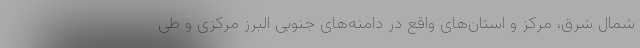
شمال شرق، مرکز و استان‌های واقع در دامنه‌های جنوبی البرز مرکزی و طی